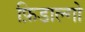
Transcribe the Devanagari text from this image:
फ़िडाल्गो